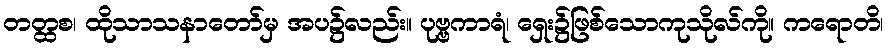
တတ္ထစ၊ ထိုသာသနာတော်မှ အပ၌လည်း။ ပုဗ္ဗကာရံ၊ ရှေး၌ဖြစ်သောကုသိုလ်ကို။ ကရောတိ၊